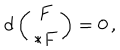
LaTeX: d \left( \begin{array} { c } { { F } } \\ { { * F } } \\ \end{array} \right) = 0 \, ,